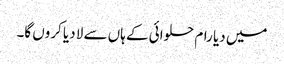
میں دیا رام حلوائی کے ہاں سے لا دیا کروں گا۔